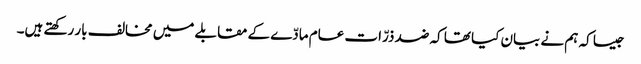
جیسا کہ ہم نے بیان کیا تھا کہ ضد ذرّات عام مادّے کے مقابلے میں مخالف بار رکھتے ہیں۔